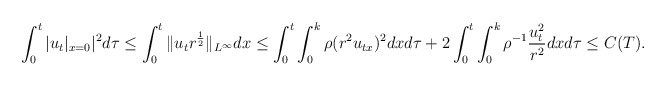
\begin{align*}\int_0^t |u_t|_{x=0}|^2d\tau\leq\int_0^t\|u_tr^{\frac{1}{2}}\|_{L^\infty}dx\leq\int_0^t\int_0^k\rho(r^2u_{tx})^2dxd\tau+2\int_0^t\int_0^k\rho^{-1}\frac{u_t^2}{r^2}dxd\tau\leq C(T).\end{align*}